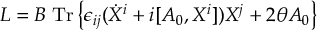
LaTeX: L = B \; \mathrm { { T r } } \left\{ \epsilon _ { i j } ( \dot { X } ^ { i } + i [ A _ { 0 } , X ^ { i } ] ) X ^ { j } + 2 \theta A _ { 0 } \right\}